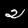
Label: 2